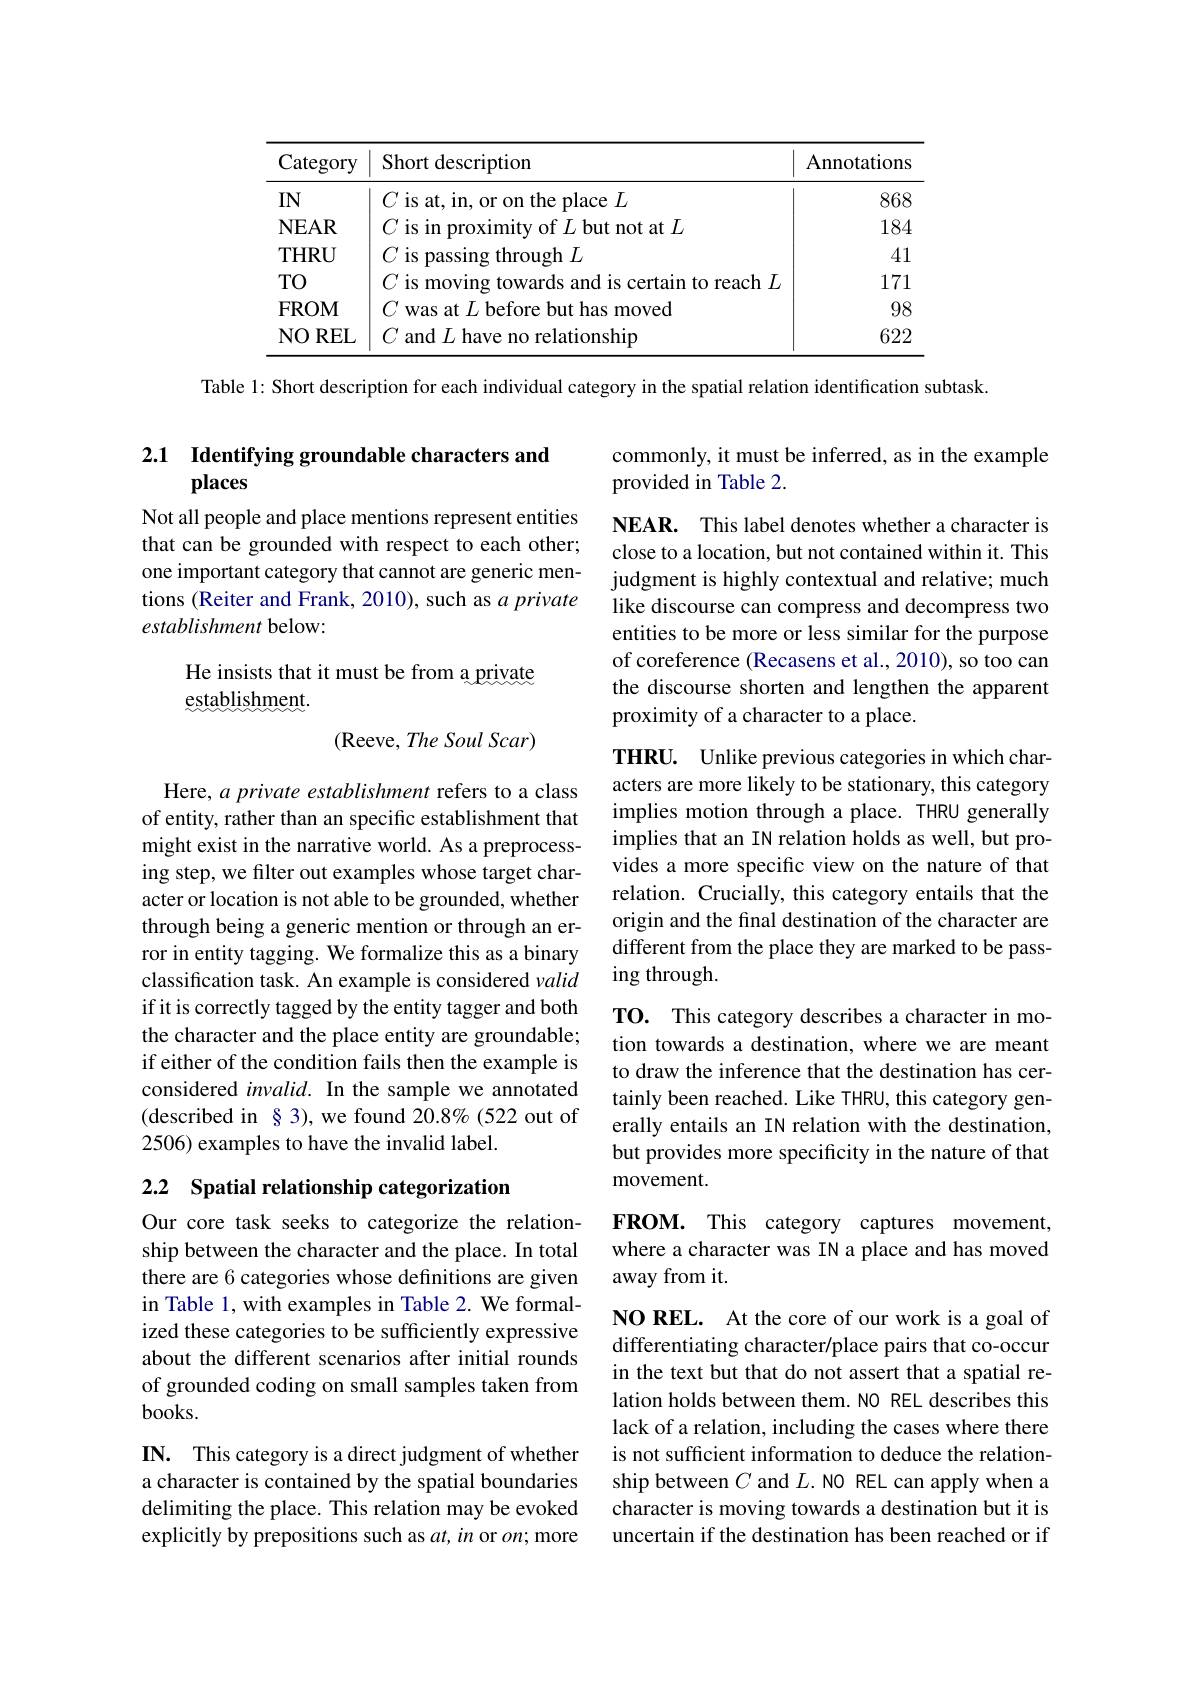
<table>
	<tbody>
		<tr>
			<th>Category</th>
			<th>Short description</th>
			<th>Annotations</th>
		</tr>
		<tr>
			<td>$IN$</td>
			<td>$C$ is at, in, or on the place $L$</td>
			<td>868</td>
		</tr>
		<tr>
			<td>$\mathbf{NEAR}$</td>
			<td>$C$ is in proximity of $L$ but not at $L$</td>
			<td>184</td>
		</tr>
		<tr>
			<td>$THRU$</td>
			<td>$C$ is passing through $L$</td>
			<td>41</td>
		</tr>
		<tr>
			<td>TO</td>
			<td>$C$ is moving towards and is certain to reach $L$</td>
			<td>171</td>
		</tr>
		<tr>
			<td>FROM</td>
			<td>was at $L$ before but has moved $\left(1,1\right)$ 11</td>
			<td>98</td>
		</tr>
		<tr>
			<td>NOREL</td>
			<td>$C$ and $L$ have no relationship</td>
			<td>622</td>
		</tr>
	</tbody>
</table>

Table 1: Short description for each individual category in the spatial relation identification subtask.

commonly, it must be inferred, as in the example
provided in Table 2.

## 2.1 Identifying groundable characters and places

Not all people and place mentions represent entities that can be grounded with respect to each other; one important category that cannot are generic mentions (Reiter and Frank, 2010), such as $a$ private establishment below:

NEAR. This label denotes whether a character is close to a location, but not contained within it. This judgment is highly contextual and relative; much like discourse can compress and decompress two entities to be more or less similar for the purpose of coreference (Recasens et al., 2010), so too can the discourse shorten and lengthen the apparent proximity of a character to a place.

## He insists that it must be from a private establishment.

(Reeve, The Soul Scar)

THRU. Unlike previous categories in which characters are more likely to be stationary, this category implies motion through a place. THRU generally implies that an IN relation holds as well, but provides a more specific view on the nature of that relation. Crucially, this category entails that the origin and the final destination of the character are different from the place they are marked to be passing through.

Here, $a\textit{private establishment refers to a class}$ of entity, rather than an specific establishment that might exist in the narrative world. As a preprocessing step, we filter out examples whose target character or location is not able to be grounded, whether through being a generic mention or through an error in entity tagging. We formalize this as a binary classification task. An example is considered valid if it is correctly tagged by the entity tagger and both the character and the place entity are groundable; if either of the condition fails then the example is considered $invalid.$ In the sample we annotated (described in §3),we found 20.8%(522 out of 2506) examples to have the invalid label.

TO. This category describes a character in motion towards a destination, where we are meant to draw the inference that the destination has certainly been reached. Like THRU, this category generally entails an IN relation with the destination, but provides more specificity in the nature of that movement.

2.2 Spatial relationship categorization

FROM. This category captures movement where a character was IN a place and has moved away from it.

Our core task seeks to categorize the relationship between the character and the place. In total there are 6 categories whose definitions are given in Table 1, with examples in Table 2. We formalized these categories to be sufficiently expressive about the different scenarios after initial rounds of grounded coding on small samples taken from books.

NO REL. At the core of our work is a goal of differentiating character/place pairs that co-occur in the text but that do not assert that a spatial relation holds between them. NO REL describes this lack of a relation, including the cases where there is not sufficient information to deduce the relationship between $C$ and $L.$ NO REL can apply when a character is moving towards a destination but it is uncertain if the destination has been reached or if

$\mathbf{N.}$ This category is a direct judgment of whether a character is contained by the spatial boundaries delimiting the place. This relation may be evoked explicitly by prepositions such as $at,in$ or $on;$ more